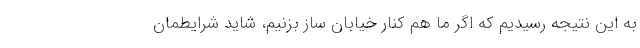
به این نتیجه رسیدیم که اگر ما هم کنار خیابان ساز بزنیم، شاید شرایطمان